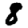
Digit: 8